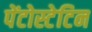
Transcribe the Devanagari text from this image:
पेंटोस्टेटिन